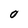
Character: O